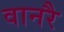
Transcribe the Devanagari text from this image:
वानरै